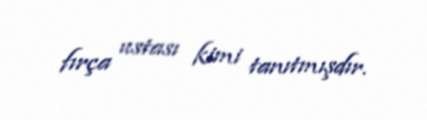
fırça ustası kimi tanıtmışdır.